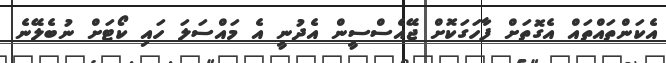
އެކަންތައްތައް އެގޮތަށް ފާހަގަކޮށް ޖޭއެސްސީން އެދުނީ އެ މައްސަލަ ހައި ކޯޓަށް ނުބެލޭނެ